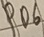
Text: PO6